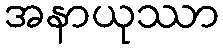
အနာယုဿာ